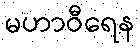
မဟာဝီရေန